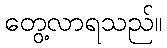
တွေ့လာရသည်။